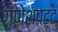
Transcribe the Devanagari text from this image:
गणेशपट्ट